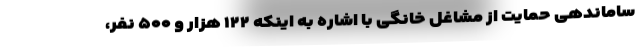
ساماندهی حمایت از مشاغل خانگی با اشاره به اینکه ۱۲۲ هزار و ۵۰۰ نفر،